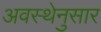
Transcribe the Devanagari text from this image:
अवस्थेनुसार